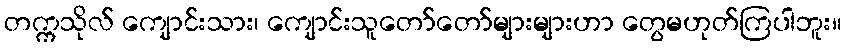
တက္ကသိုလ် ကျောင်းသား၊ ကျောင်းသူတော်တော်များများဟာ တွေမဟုတ်ကြပါဘူး။